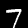
Digit: 7